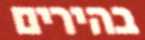
בהירים